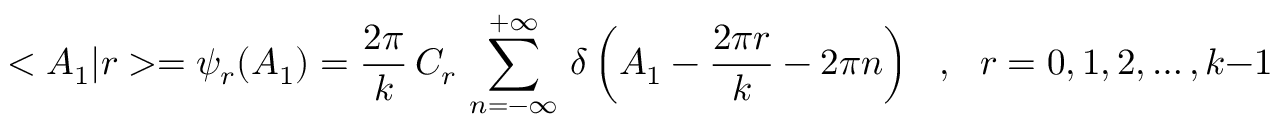
< A _ { 1 } | r > = \psi _ { r } ( A _ { 1 } ) = \frac { 2 \pi } { k } \, C _ { r } \, \sum _ { n = - \infty } ^ { + \infty } \, \delta \left( A _ { 1 } - \frac { 2 \pi r } { k } - 2 \pi n \right) \ \ \ , \ \ \ r = 0 , 1 , 2 , \dots , k - 1 \ \ \ ,